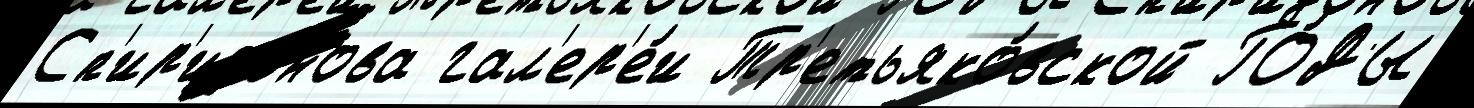
Сп'ир'идонова гал'ер'е́и Тр'етьяко́вской ГО́ДЫ